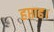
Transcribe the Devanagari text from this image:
हप्ताह।